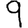
Digit: 9